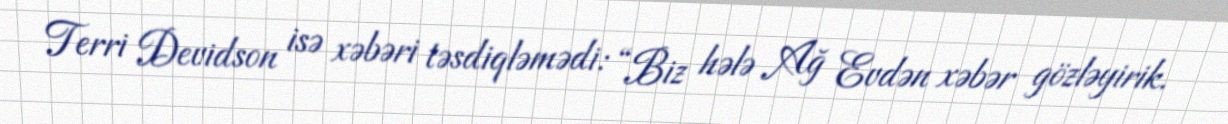
Terri Devidson isə xəbəri təsdiqləmədi: “Biz hələ Ağ Evdən xəbər gözləyirik.